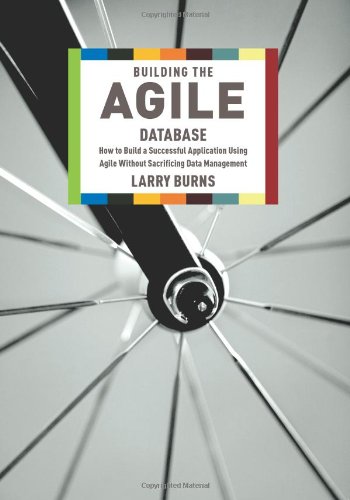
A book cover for Building the Agile Database: How to Build a Successful Application Using Agile Without Sacrificing Data Management; Larry Burns; Computers & Technology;